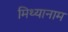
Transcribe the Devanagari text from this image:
मिथ्यानाम